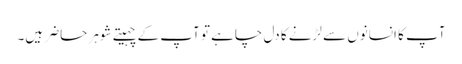
آپ کا انسانوں سے لڑنے کا دل چاہے تو آپ کے چہیتے شوہر حاضر ہیں۔